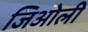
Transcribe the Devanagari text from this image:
जिओली